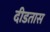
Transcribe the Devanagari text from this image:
दीडतास